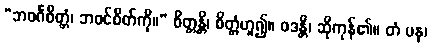
“ဘဝင်္ဂစိတ္တံ၊ ဘဝင်စိတ်ကို။” စိတ္တန္တိ၊ စိတ္တံဟူ၍။ ဝဒန္တိ၊ ဆိုကုန်၏။ တံ ပန၊